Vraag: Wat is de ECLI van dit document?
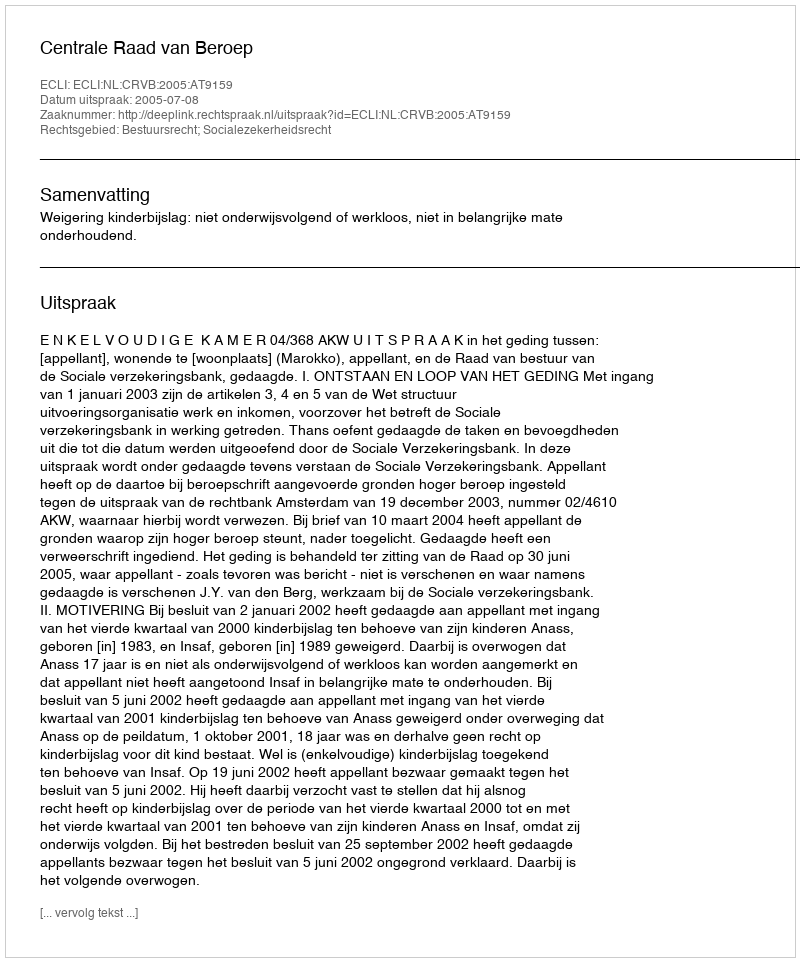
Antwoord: ECLI:NL:CRVB:2005:AT9159